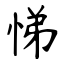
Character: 悌